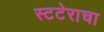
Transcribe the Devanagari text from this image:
स्टटेराचा